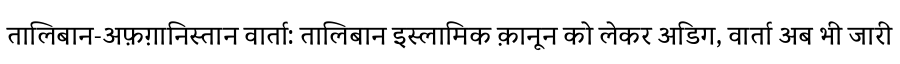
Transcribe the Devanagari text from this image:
तालिबान-अफ़ग़ानिस्तान वार्ता: तालिबान इस्लामिक क़ानून को लेकर अडिग, वार्ता अब भी जारी